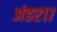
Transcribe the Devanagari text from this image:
अंडर१७